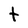
Character: t